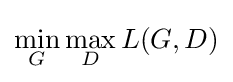
\min _{G}\max _{D}L(G,D)